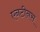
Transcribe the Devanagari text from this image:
एनटीनस